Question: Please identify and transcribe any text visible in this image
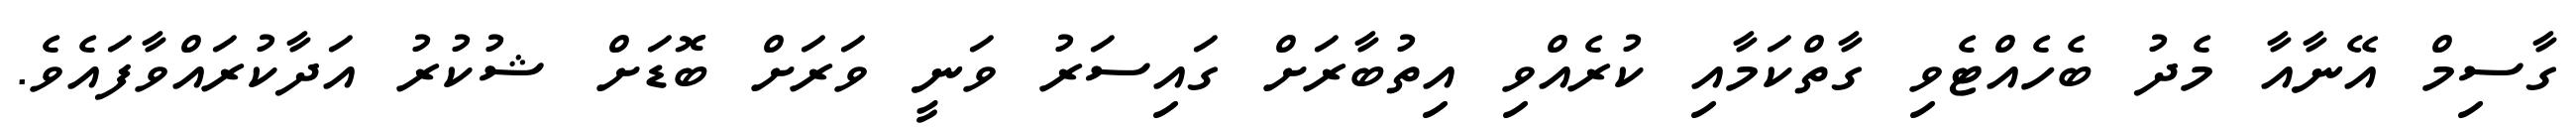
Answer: ގާސިމް އޭނާއާ މެދު ބެހެއްޓެވި ގާތްކަމާއި ކުރެއްވި އިތުބާރަށް ގައިސަރު ވަނީ ވަރަށް ބޮޑަށް ޝުކުރު އަދާކުރައްވާފައެވެ.